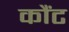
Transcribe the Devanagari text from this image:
कौंट